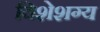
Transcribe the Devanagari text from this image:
विशेशग्य